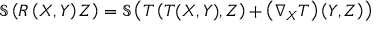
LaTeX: { \mathfrak { S } } \left( R \left( X , Y \right) Z \right) = { \mathfrak { S } } \left( T \left( T ( X , Y ) , Z \right) + \left( \nabla _ { X } T \right) \left( Y , Z \right) \right)